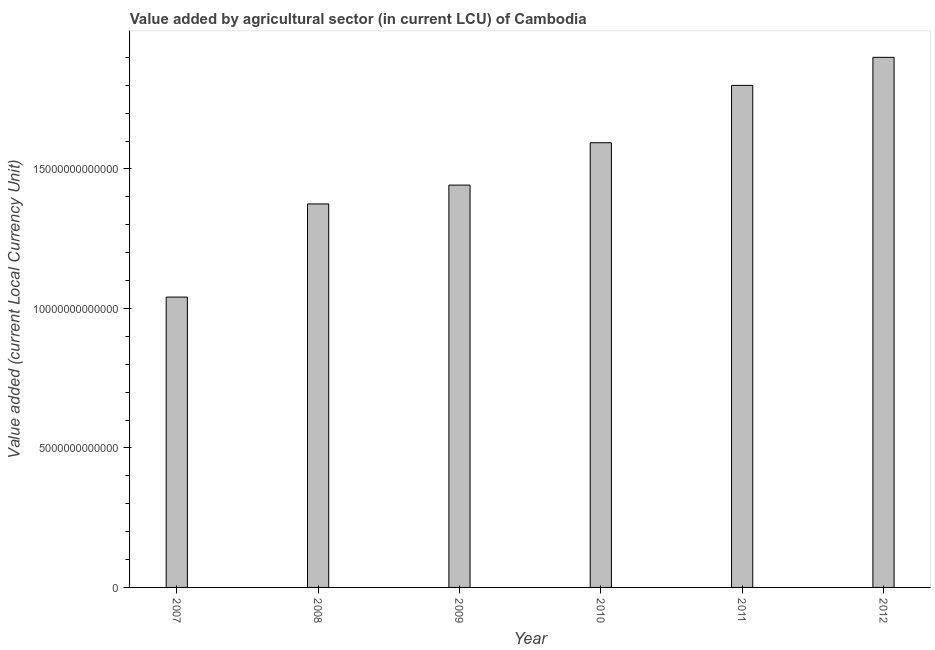
| Year | Agriculture |
 | --- | --- |
 | 2007 | 1.04e+13 |
 | 2008 | 1.37e+13 |
 | 2009 | 1.44e+13 |
 | 2010 | 1.59e+13 |
 | 2011 | 1.8e+13 |
 | 2012 | 1.9e+13 |